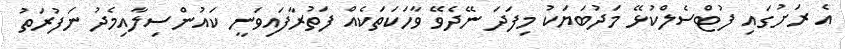
އެ ރަށުގައި ފުޓްސެލްކުޅޭ މަދުބަޔަކު މިފަދަ ނޭދެވޭ ވާހަކަތަކެއް ފަތުރާފައިވަނީ ކައުންސިލާއިމެދު ނަފުރަތު